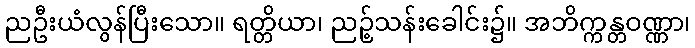
ညဦးယံလွန်ပြီးသော။ ရတ္တိယာ၊ ညဉ့်သန်းခေါင်း၌။ အဘိက္ကန္တဝဏ္ဏာ၊